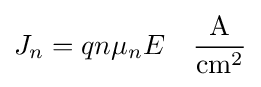
J_{n}=qn\mu _{n}E\quad {\frac {\text{A}}{{\text{cm}}^{2}}}